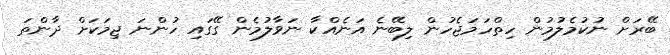
ބޭރަށް ނުކުމެލުމުން ހިތްހަމަޖެހުން ލިބޭނެ އަނެއްކާ ނަވާލުމެން ގޭގައި ހުންނަ ޖިމަކަށް ދާންތަ